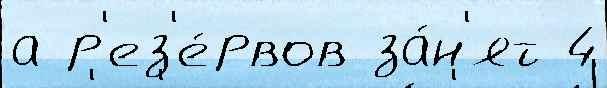
а р'ез'е́рвов за́н'ят 4